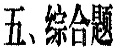
五、综合题